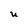
Character: u